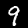
Digit: 9